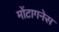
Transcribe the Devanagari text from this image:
मोंटागनेस